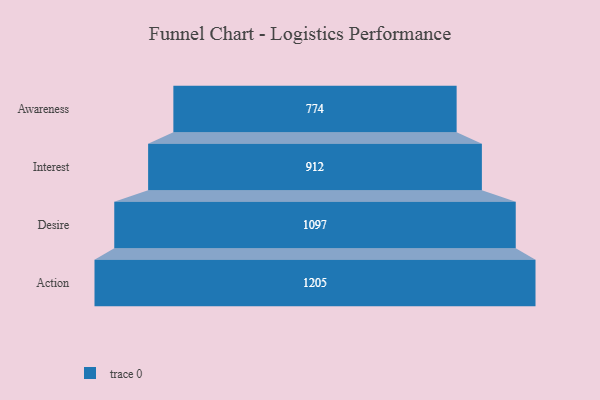
{"axis": {"x": "Stage", "y": "Value"}, "legend": [""], "data": [{"x": "Awareness", "y": 774.0, "type": ""}, {"x": "Interest", "y": 912.0, "type": ""}, {"x": "Desire", "y": 1097.0, "type": ""}, {"x": "Action", "y": 1205.0, "type": ""}]}